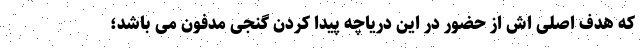
که هدف اصلی اش از حضور در این دریاچه پیدا کردن گنجی مدفون می باشد؛